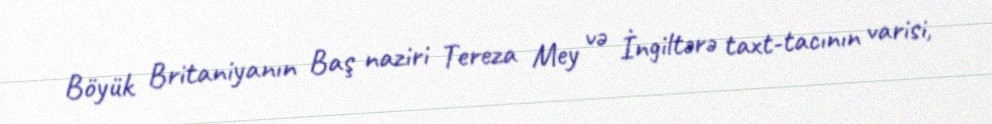
Böyük Britaniyanın Baş naziri Tereza Mey və İngiltərə taxt-tacının varisi,